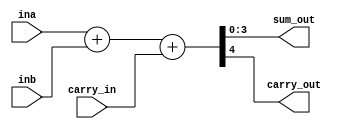
module adder (sum_out, carry_out, carry_in, ina, inb);
output carry_out;
output [3:0] sum_out;
input [3:0] ina, inb;
input carry_in;
wire carry_out, carry_in;
wire [3:0] sum_out, ina, inb;
assign {carry_out, sum_out} = ina + inb + carry_in;
endmodule